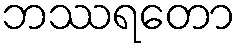
ဘဿရတော